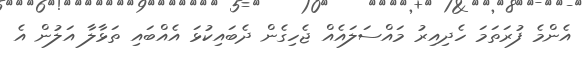
އެންމެ ފުރަތަމަ ހެދިއިރު މައްސަލައެއް ޖެހިގެން ދެބައިކުޅަ އެއްބައި ތަޅާލާ އަލުން އެ